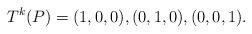
LaTeX: \begin{align*}T^{k}(P) = (1, 0, 0), (0, 1, 0), (0, 0, 1).\end{align*}